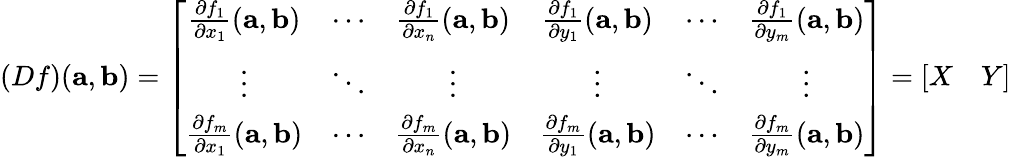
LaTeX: (Df)(\mathbf{a},\mathbf{b})=\left[{\begin{array}{cccccc}{{\frac{\partial f_{1}}{\partial x_{1}}}(\mathbf{a},\mathbf{b})}&{\cdots}&{{\frac{\partial f_{1}}{\partial x_{n}}}(\mathbf{a},\mathbf{b})}&{{\frac{\partial f_{1}}{\partial y_{1}}}(\mathbf{a},\mathbf{b})}&{\cdots}&{{\frac{\partial f_{1}}{\partial y_{m}}}(\mathbf{a},\mathbf{b})}\\ {\vdots}&{\ddots}&{\vdots}&{\vdots}&{\ddots}&{\vdots}\\ {{\frac{\partial f_{m}}{\partial x_{1}}}(\mathbf{a},\mathbf{b})}&{\cdots}&{{\frac{\partial f_{m}}{\partial x_{n}}}(\mathbf{a},\mathbf{b})}&{{\frac{\partial f_{m}}{\partial y_{1}}}(\mathbf{a},\mathbf{b})}&{\cdots}&{{\frac{\partial f_{m}}{\partial y_{m}}}(\mathbf{a},\mathbf{b})}\end{array}}\right]=\left[{\begin{array}{cc}{X}&{Y}\end{array}}\right]